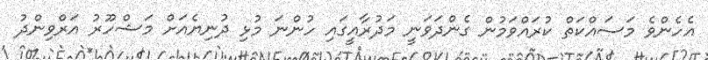
އެހެންވެ މަސައްކަތް ކުރައްވަމުން ގެންދަވަނީ މަދުރާއީގައި ހުންނަ މުޅި ދުނިޔެއަށް މަޝްހޫރު އަރްވިންދު